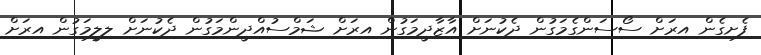
ފެށިގެން އިރަށް ސޯސަންގެމަގުން ދެކުނަށް އާޒާދީމަގުން އިރަށް ޝަމްސުއްދީންމަގުން ދެކުނަށް ލިލީމަގުން އިރަށް